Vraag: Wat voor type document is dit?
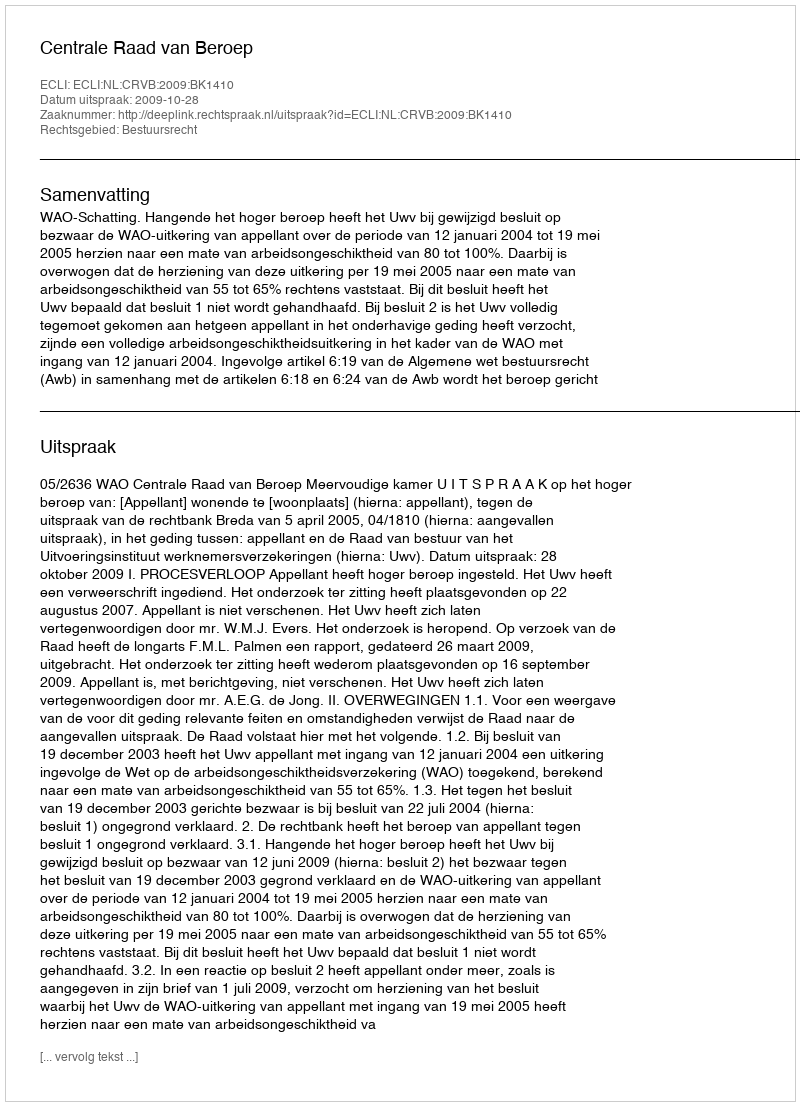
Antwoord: Uitspraak